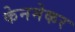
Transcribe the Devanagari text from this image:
केनमेकर